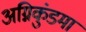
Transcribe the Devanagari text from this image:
अग्निकुंडमां